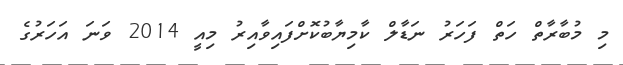
މި މުބާރާތް ހަތް ފަހަރު ނަޑާލް ކާމިޔާބުކޮށްފައިވާއިރު މިއީ 2014 ވަނަ އަހަރުގެ